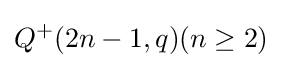
Q^{+}(2n-1,q)(n\geq 2)